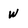
Character: W